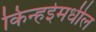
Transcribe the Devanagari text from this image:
किन्हईमधील